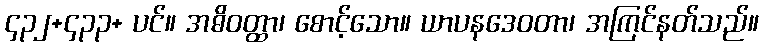
၄၃၂+၄၃၃+ ပင်။ အဓိဝတ္ထာ၊ စောင့်သော။ ယာပနဒေဝတာ၊ အကြင်နတ်သည်။